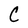
Character: C